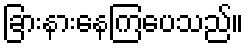
ခြားနားနေကြပေသည်။